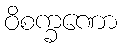
ဝိစက္ခဏော